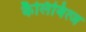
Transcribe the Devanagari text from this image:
कैलिबित्ज